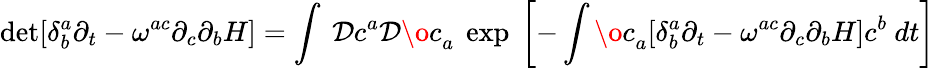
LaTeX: \operatorname*{det}[\delta_{b}^{a}\partial_{t}-\omega^{ac}\partial_{c}\partial_{b}H]=\int~{\cal D}c^{a}{\cal D}{\o c}_{a}~\exp~\biggl[-\int{\o c}_{a}[\delta_{b}^{a}\partial_{t}-\omega^{ac}\partial_{c}\partial_{b}H]c^{b}~dt\biggr]